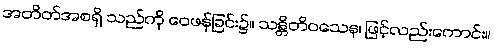
အတိတ်အစရှိ သည်ကို ဝေဖန်ခြင်း၌။ သန္တိတိဝသေန၊ ဖြင့်လည်းကောင်း။